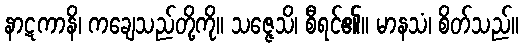
နာဋကာနိ၊ ကချေသည်တို့ကို။ သဇ္ဇေသိ၊ စီရင်၏။ မာနသံ၊ စိတ်သည်။